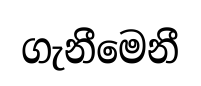
ගැනීමෙනී